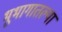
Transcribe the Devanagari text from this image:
भूभागातल्या